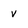
Character: v